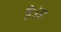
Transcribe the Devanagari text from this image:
है।अ